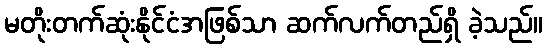
မတိုးတက်ဆုံးနိုင်ငံအဖြစ်သာ ဆက်လက်တည်ရှိ ခဲ့သည်။